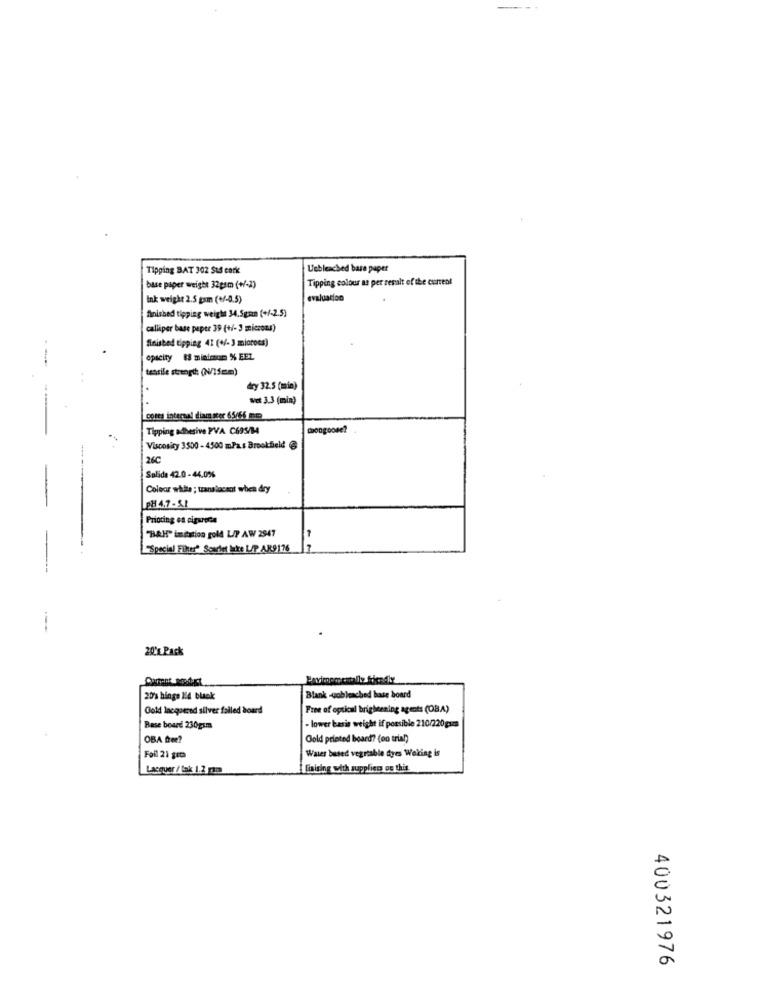
Tipping BAT 302 Std cork
Unbleached bare paper
Tipping colour as per seralt of the current
base paper weight 32gsm (+/-2)
Ink weight 2.5 gsm (+/-0.5)
evaluacion
finished tipping weight 34.5gan (+/-2.5)
calliper base papte 39 (+/- 3 microns)
finished tipping 41 (+/- 3 microns)
opacity 83 minimon % EEL
tensile strength (N/15mm)
dry 32.5 (min)
Wet 3.3 (min)
Cores internal diam ster 65/66 mm
Tipping adhesive PVA C695/B4
Dongoose?
Viscosity 3500 - 4500 mPas Brookfield @
260
Salida 42.0 -44.0%
Colocar white ; translucent when dry
PH 4.7-5.1
Prioting es cigarette
"BAH" imcation gold LIP AW 2947
"Special Filter" Scarlet lake L/P. AK9176
20'x Pack
20's hinge 124 black
Blank -wobleached base board
Gold lacquered silver failed board
Free of optical brigheening agents (OBA)
- lower basis weight if possible 210/220gım
Base board 230gsm
OBA free?
Gold printed board? (on trial)
Water based vegrable tyes Woking is
Foil 21 gro
Lacquer / tak 1.2 am
liaising with supplies os this
400321976